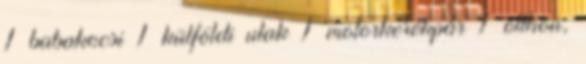
1 babakocsi 1 külföldi utak 1 motorkerékpár 1 otthon,